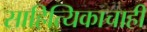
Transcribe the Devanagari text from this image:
साहित्यिकाचाही